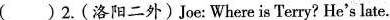
( )2.(洛阳二外)Joe: Where is Terry? He's late.